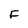
Character: F